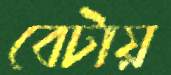
বেটায়